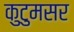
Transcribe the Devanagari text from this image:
कुटुमसर